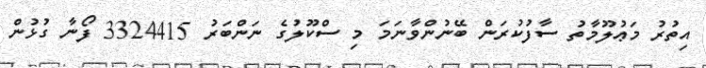
އިތުރު މަޢުލޫމާތު ސާފުކުރަން ބޭނުންވާނަމަ މި ސްކޫލުގެ ނަންބަރު 3324415 ފޯނާ ގުޅުން